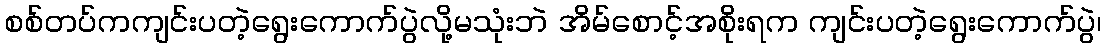
စစ်တပ်ကကျင်းပတဲ့ရွေးကောက်ပွဲလို့မသုံးဘဲ အိမ်စောင့်အစိုးရက ကျင်းပတဲ့ရွေးကောက်ပွဲ၊